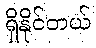
ရှိနိုင်တယ်